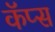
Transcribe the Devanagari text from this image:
कॅप्स